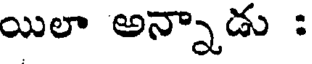
యిలా అన్నాడు :